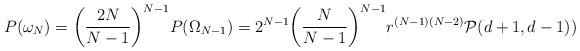
LaTeX: \begin{align*}P(\omega_N)= \bigg( \frac{2N}{N-1} \bigg)^{N-1} P(\Omega_{N-1} ) = 2^{N-1} \bigg( \frac{N}{N-1} \bigg)^{N-1} r^{(N-1)(N-2)} \mathcal{P} (d+1,d-1) )\end{align*}